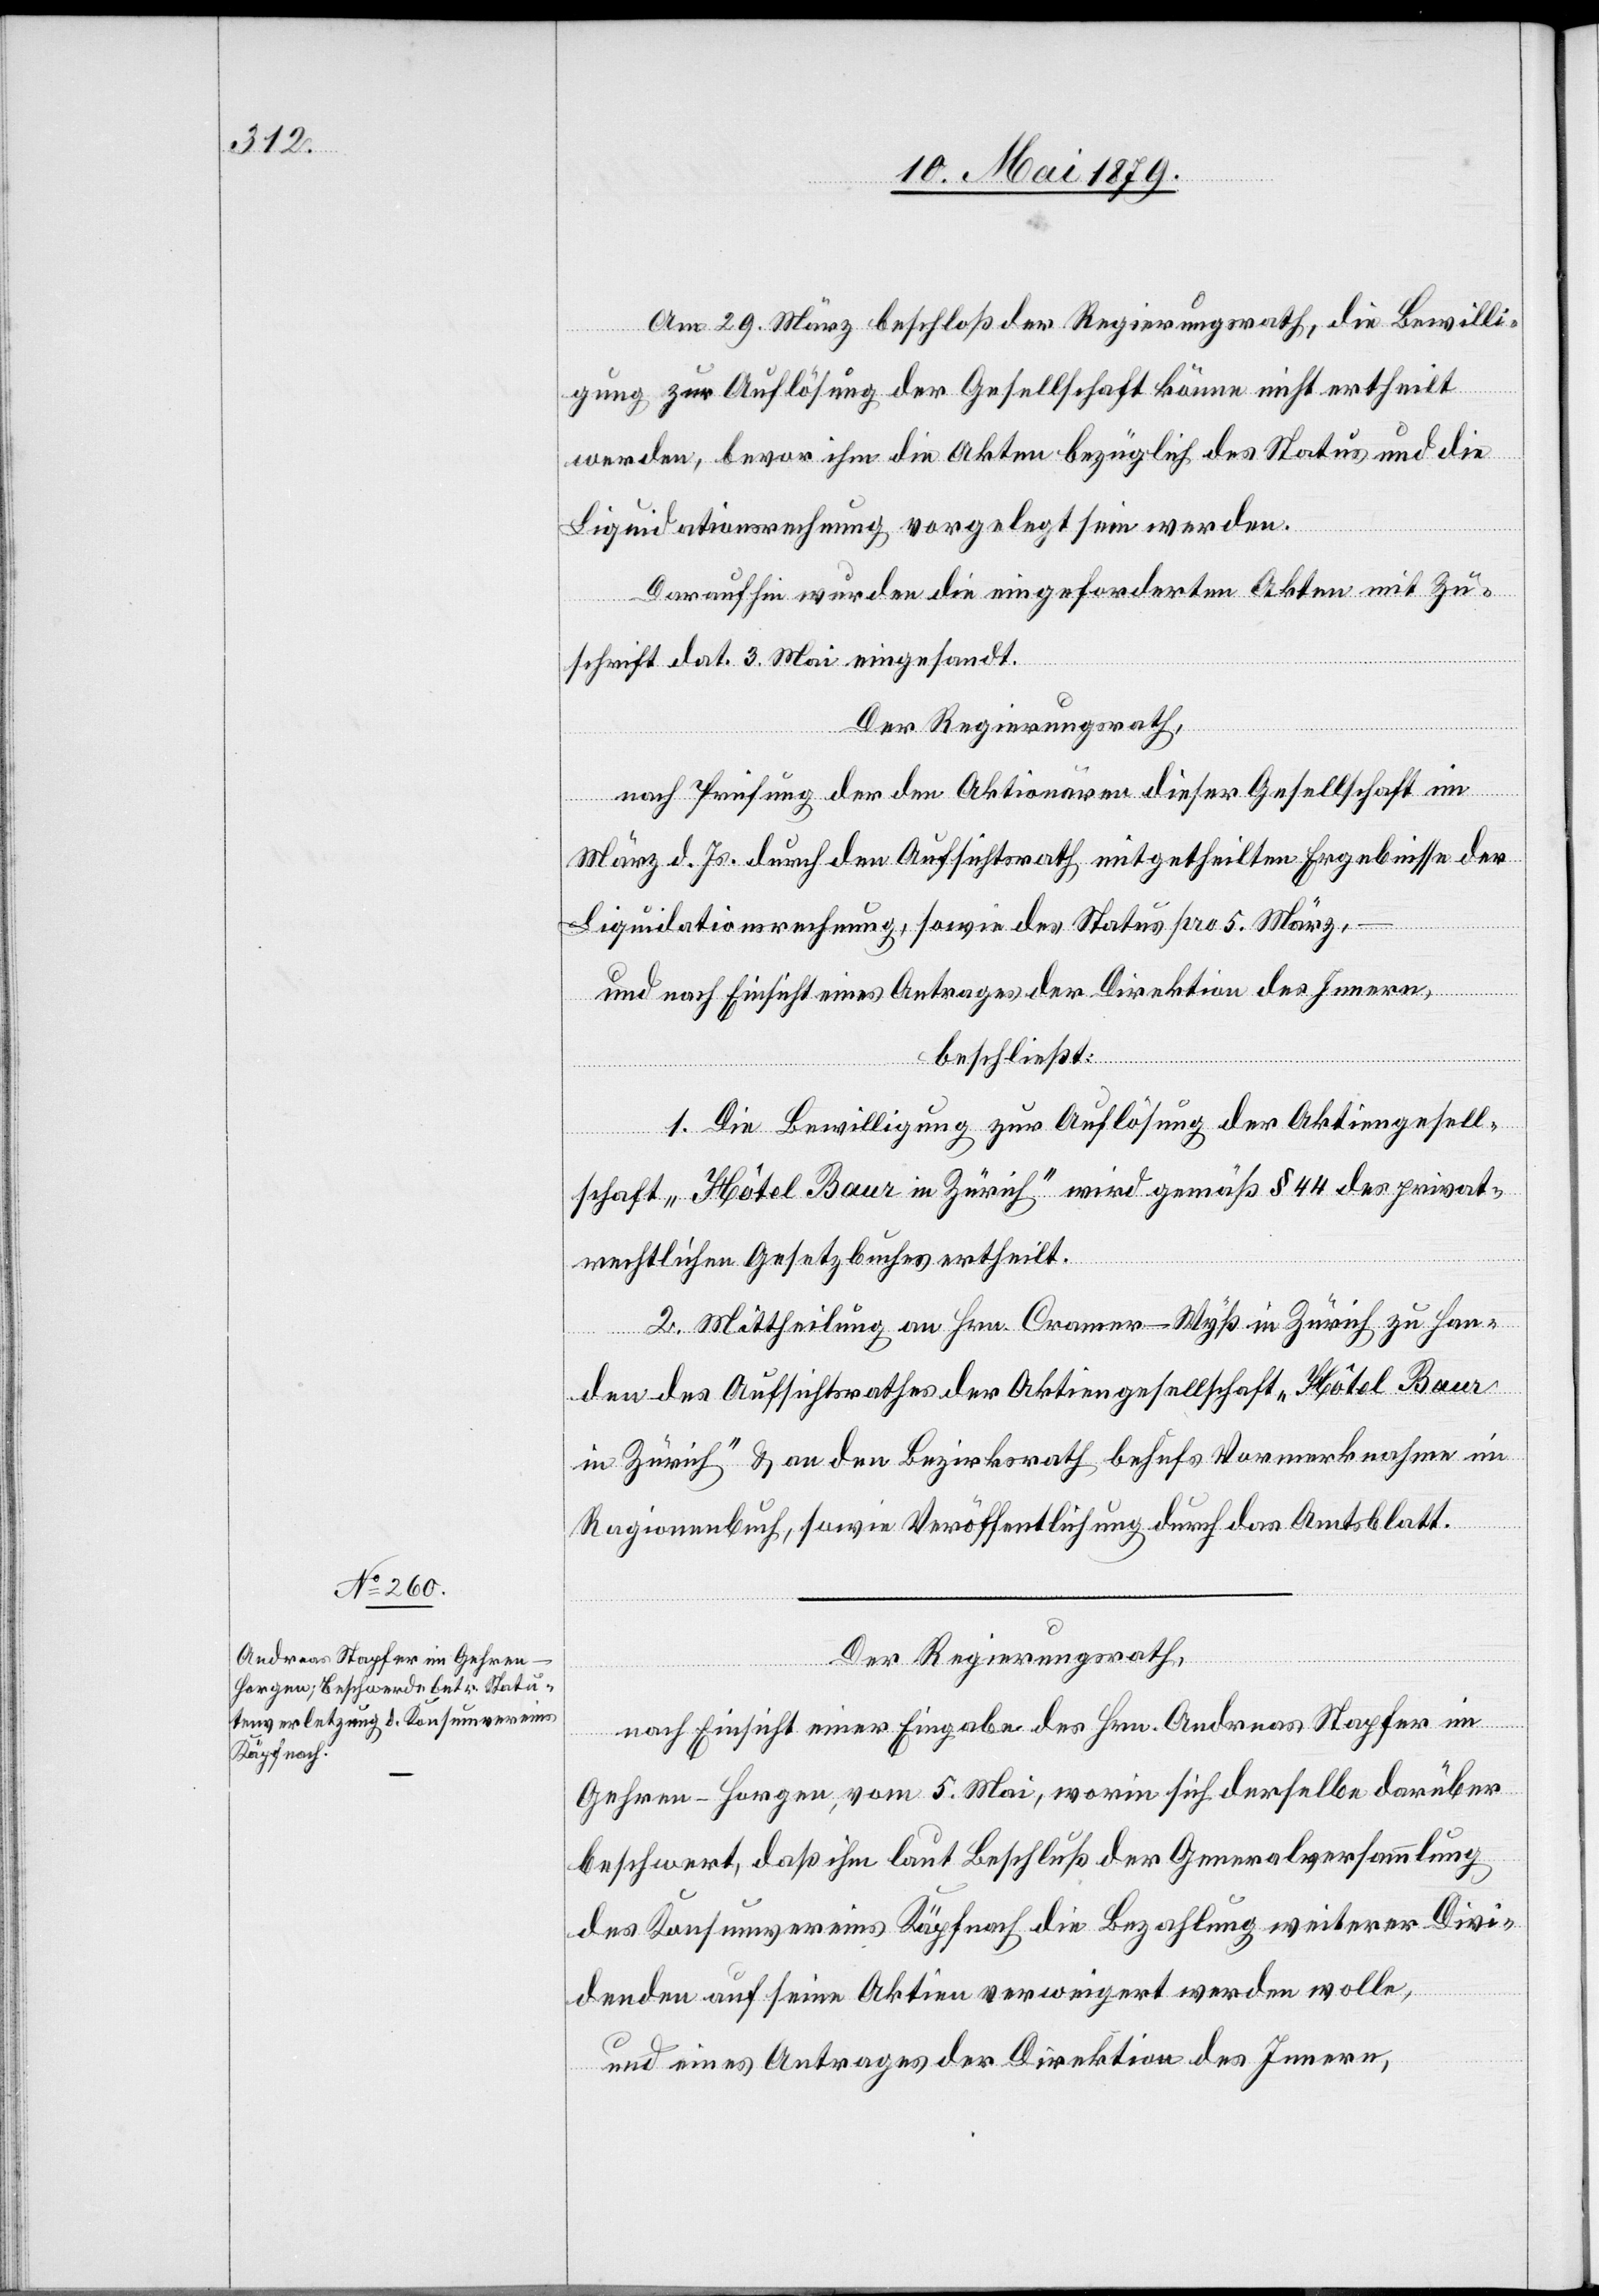
Am 29. März beschloß der Regierungsrath, die Bewilli¬
gung zur Auflösung der Gesellschaft könne nicht ertheilt
werden, bevor ihm die Akten bezüglich des Status und die
Liquidationsrechnung vorgelegt sein werden.
Daraufhin wurden die eingeforderten Akten mit Zu¬
–
schrift dat. 3. Mai eingesandt.
Der Regierungsrath,
nach Prüfung der den Aktionären dieser Gesellschaft im
März d. Js. durch den Aufsichtsrath mitgetheilten Ergebnisse der
Liquidationsrechnung, sowie des Status pro 5. März,
und nach Einsicht eines Antrages der Direktion des Innern,
beschließt:
1. Die Bewilligung zur Auflösung der Aktiengesell¬
schaft „Hôtel Baur in Zürich“ wird gemäß § 44 des privat¬
rechtlichen Gesetzbuches ertheilt.
2. Mittheilung an Hrn. Cramer-Wyß in Zürich zu Han¬
den des Aufsichtsrathes der Aktiengesellschaft „Hôtel Baur
in Zürich“ & an den Bezirksrath behufs Vormerknahme im
Ragionenbuch, sowie Veröffentlichung durch das Amtsblatt.
Der Regierungsrath,
nach Einsicht einer Eingabe des Hrn. Andreas Stapfer im
Gehren - Horgen, vom 5. Mai, worin sich derselbe darüber
beschwert, daß ihm laut Beschluß der Generalversammlung
des Konsumvereins Käpfnach die Bezahlung weiterer Divi¬
denden auf seine Aktien verweigert werden wolle,
und eines Antrages der Direktion des Innern,